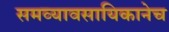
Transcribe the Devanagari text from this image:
समव्यावसायिकानेच